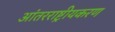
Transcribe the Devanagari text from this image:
आंतरराष्ट्रीयकरण